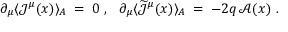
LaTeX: \partial _ { \mu } \langle { \mathcal J } ^ { \mu } ( x ) \rangle _ { A } \; = \; 0 ~ , ~ ~ \partial _ { \mu } \langle \widetilde { { \mathcal J } } ^ { \mu } ( x ) \rangle _ { A } \; = \; - 2 q \, { \mathcal A } ( x ) ~ .